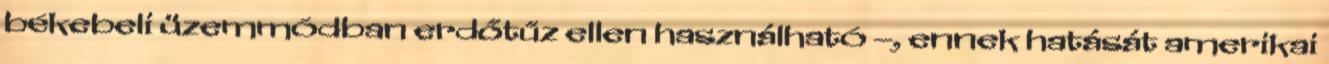
békebeli üzemmódban erdőtűz ellen használható –, ennek hatását amerikai